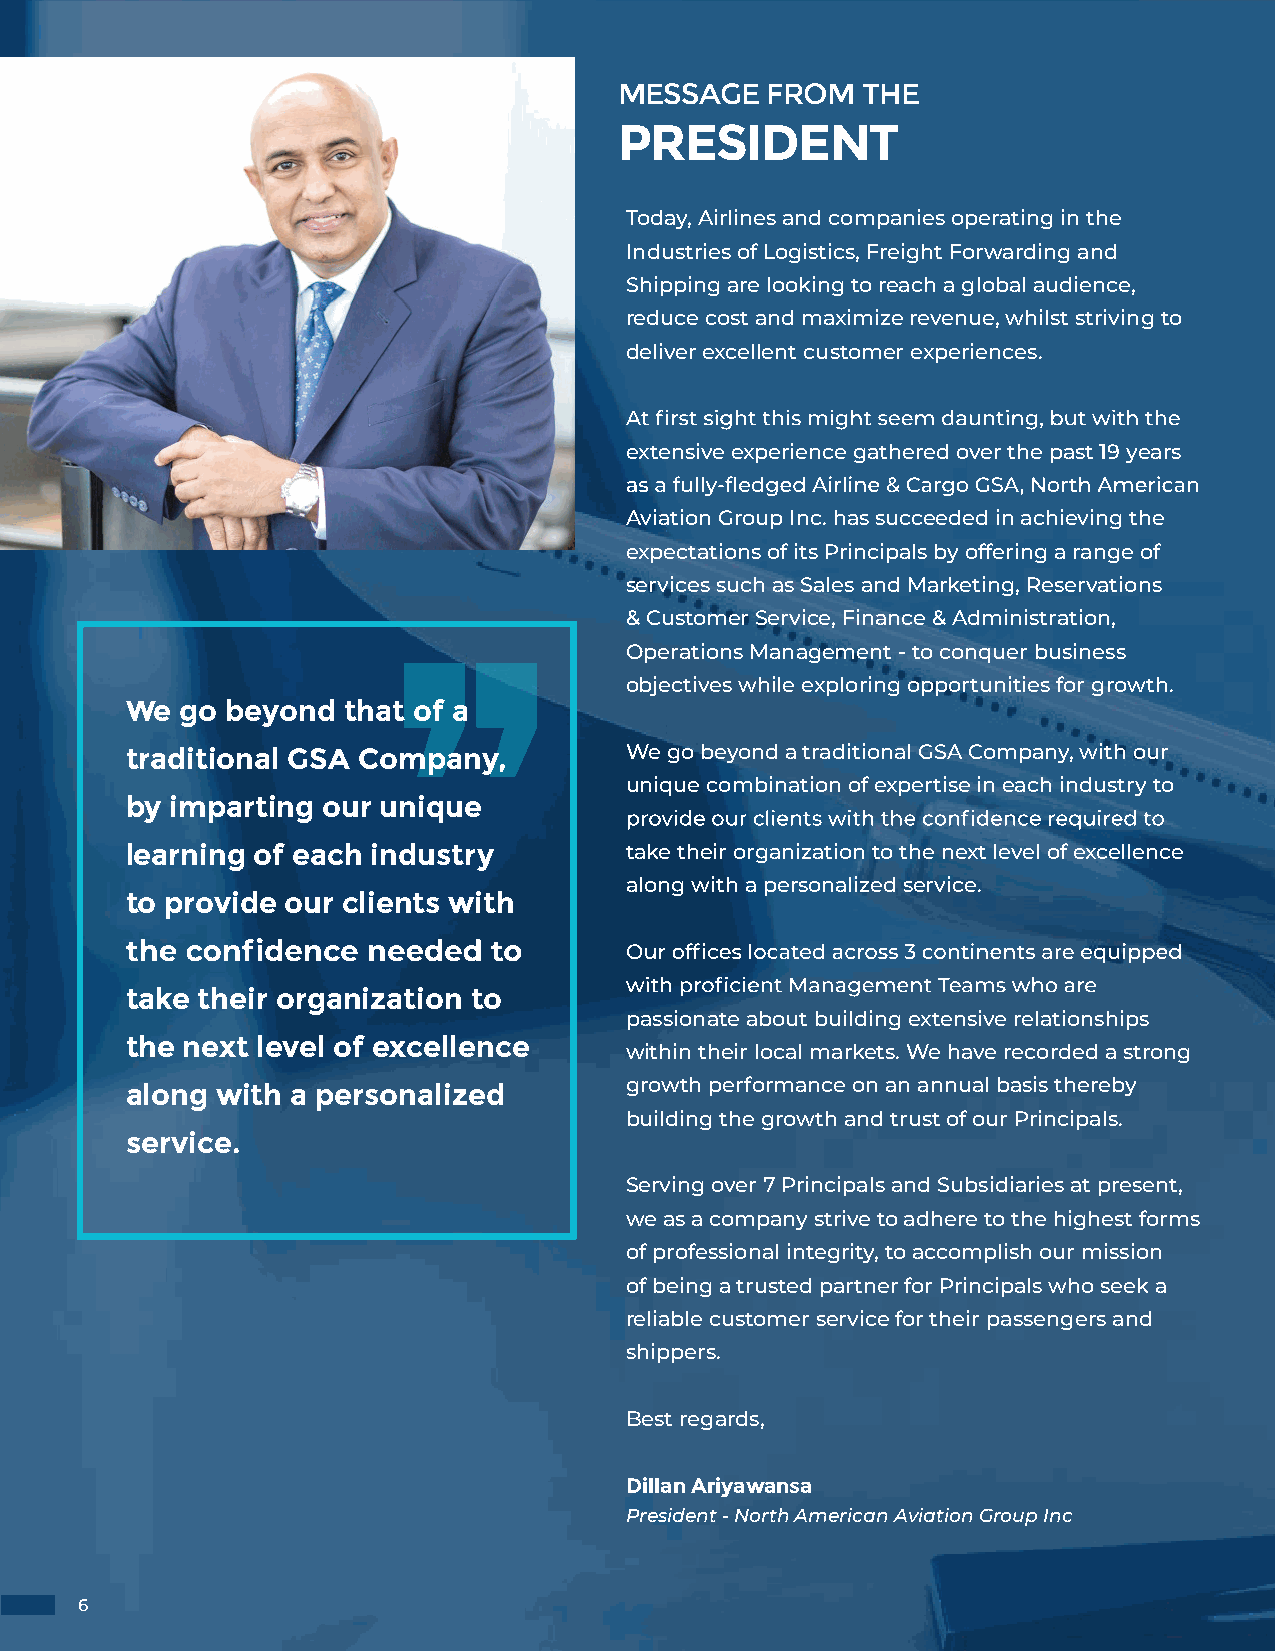
MESSAGE   FROM  THE
 PRESIDENT
 Today, Airlines and companies operating in the
 Industries of Logistics, Freight Forwarding and
 Shipping are looking to reach a global audience,
 reduce cost and maximize revenue, whilst striving to
 deliver excellent customer experiences.
 extensive experience gathered over the past 19 years
 Aviation Group Inc. has succeeded in achieving the
 expectations of its Principals by offering a range of
 services such as Sales and Marketing, Reservations
 & Customer Service, Finance & Administration,
 Operations Management - to conquer business
 objectives while exploring opportunities for growth.
 We  go beyond  that of a
 traditional GSA Company,         We go beyond a traditional GSA Company, with our
 unique combination of expertise in each industry to
 by imparting our unique
 learning of each industry        take their organization to the next level of excellence
 along with a personalized service.
 to provide our clients with
 take their organization to
 passionate about building extensive relationships
 the next level of excellence
 within their local markets. We have recorded a strong
 along with a personalized        growth performance on an annual basis thereby
 building the growth and trust of our Principals.
 service.
 Serving over 7 Principals and Subsidiaries at present,
 we as a company strive to adhere to the highest forms
 of professional integrity, to accomplish our mission
 of being a trusted partner for Principals who seek a
 reliable customer service for their passengers and
 shippers.
 Best regards,
 Dillan Ariyawansa
 President - North American Aviation Group Inc
 66